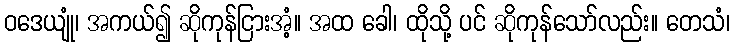
ဝဒေယျုံ၊ အကယ်၍ ဆိုကုန်ငြားအံ့။ အထ ခေါ၊ ထိုသို့ ပင် ဆိုကုန်သော်လည်း။ တေသံ၊